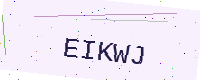
Text: EIKWJ